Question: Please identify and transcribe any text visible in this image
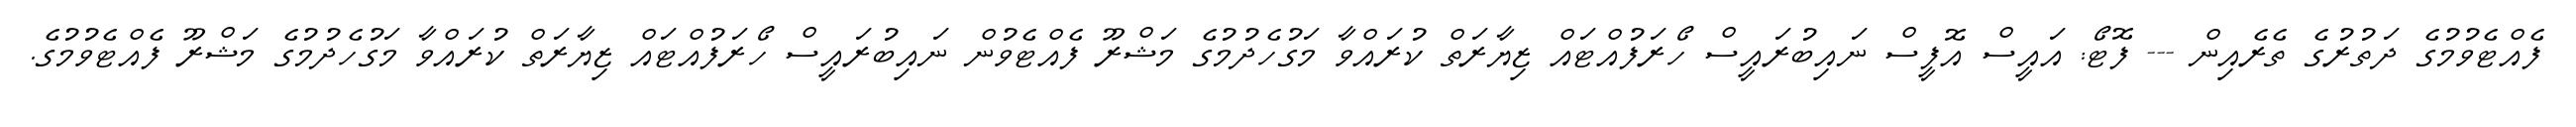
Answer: ފެއްޓެވުމުގެ ދަތުރުގެ ތެރެއިން --- ފޮޓޯ: އައީސް އޮފީސް ނައިބުރައީސް ހޯރަފުއްޓައް ޒިޔާރަތް ކުރައްވާ މަގުހެދުމުގެ މަޝްރޫ ފެއްޓެވުން ނައިބުރައީސް ހޯރަފުއްޓައް ޒިޔާރަތް ކުރައްވާ މަގުހެދުމުގެ މަޝްރޫ ފެއްޓެވުމުގެ.